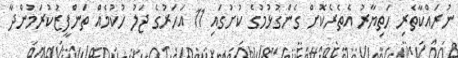
ނުރައްކާތެރި ހަތިޔާރު އެތެރެކޮށް ގެންގުޅުމުގެ ކުށުގައި 11 އަހަރުގެ ޖަލު ހުކުމެއް ތަންފީޒުކުރަމުންދާ